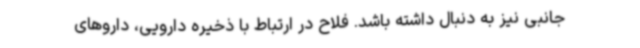
جانبی نیز به دنبال داشته باشد. فلاح در ارتباط با ذخیره دارویی، داروهای